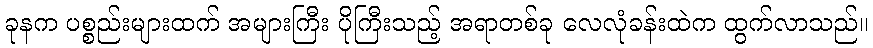
ခုနက ပစ္စည်းများထက် အများကြီး ပိုကြီးသည့် အရာတစ်ခု လေလုံခန်းထဲက ထွက်လာသည်။